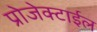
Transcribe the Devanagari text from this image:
प्रोजेक्टाईल